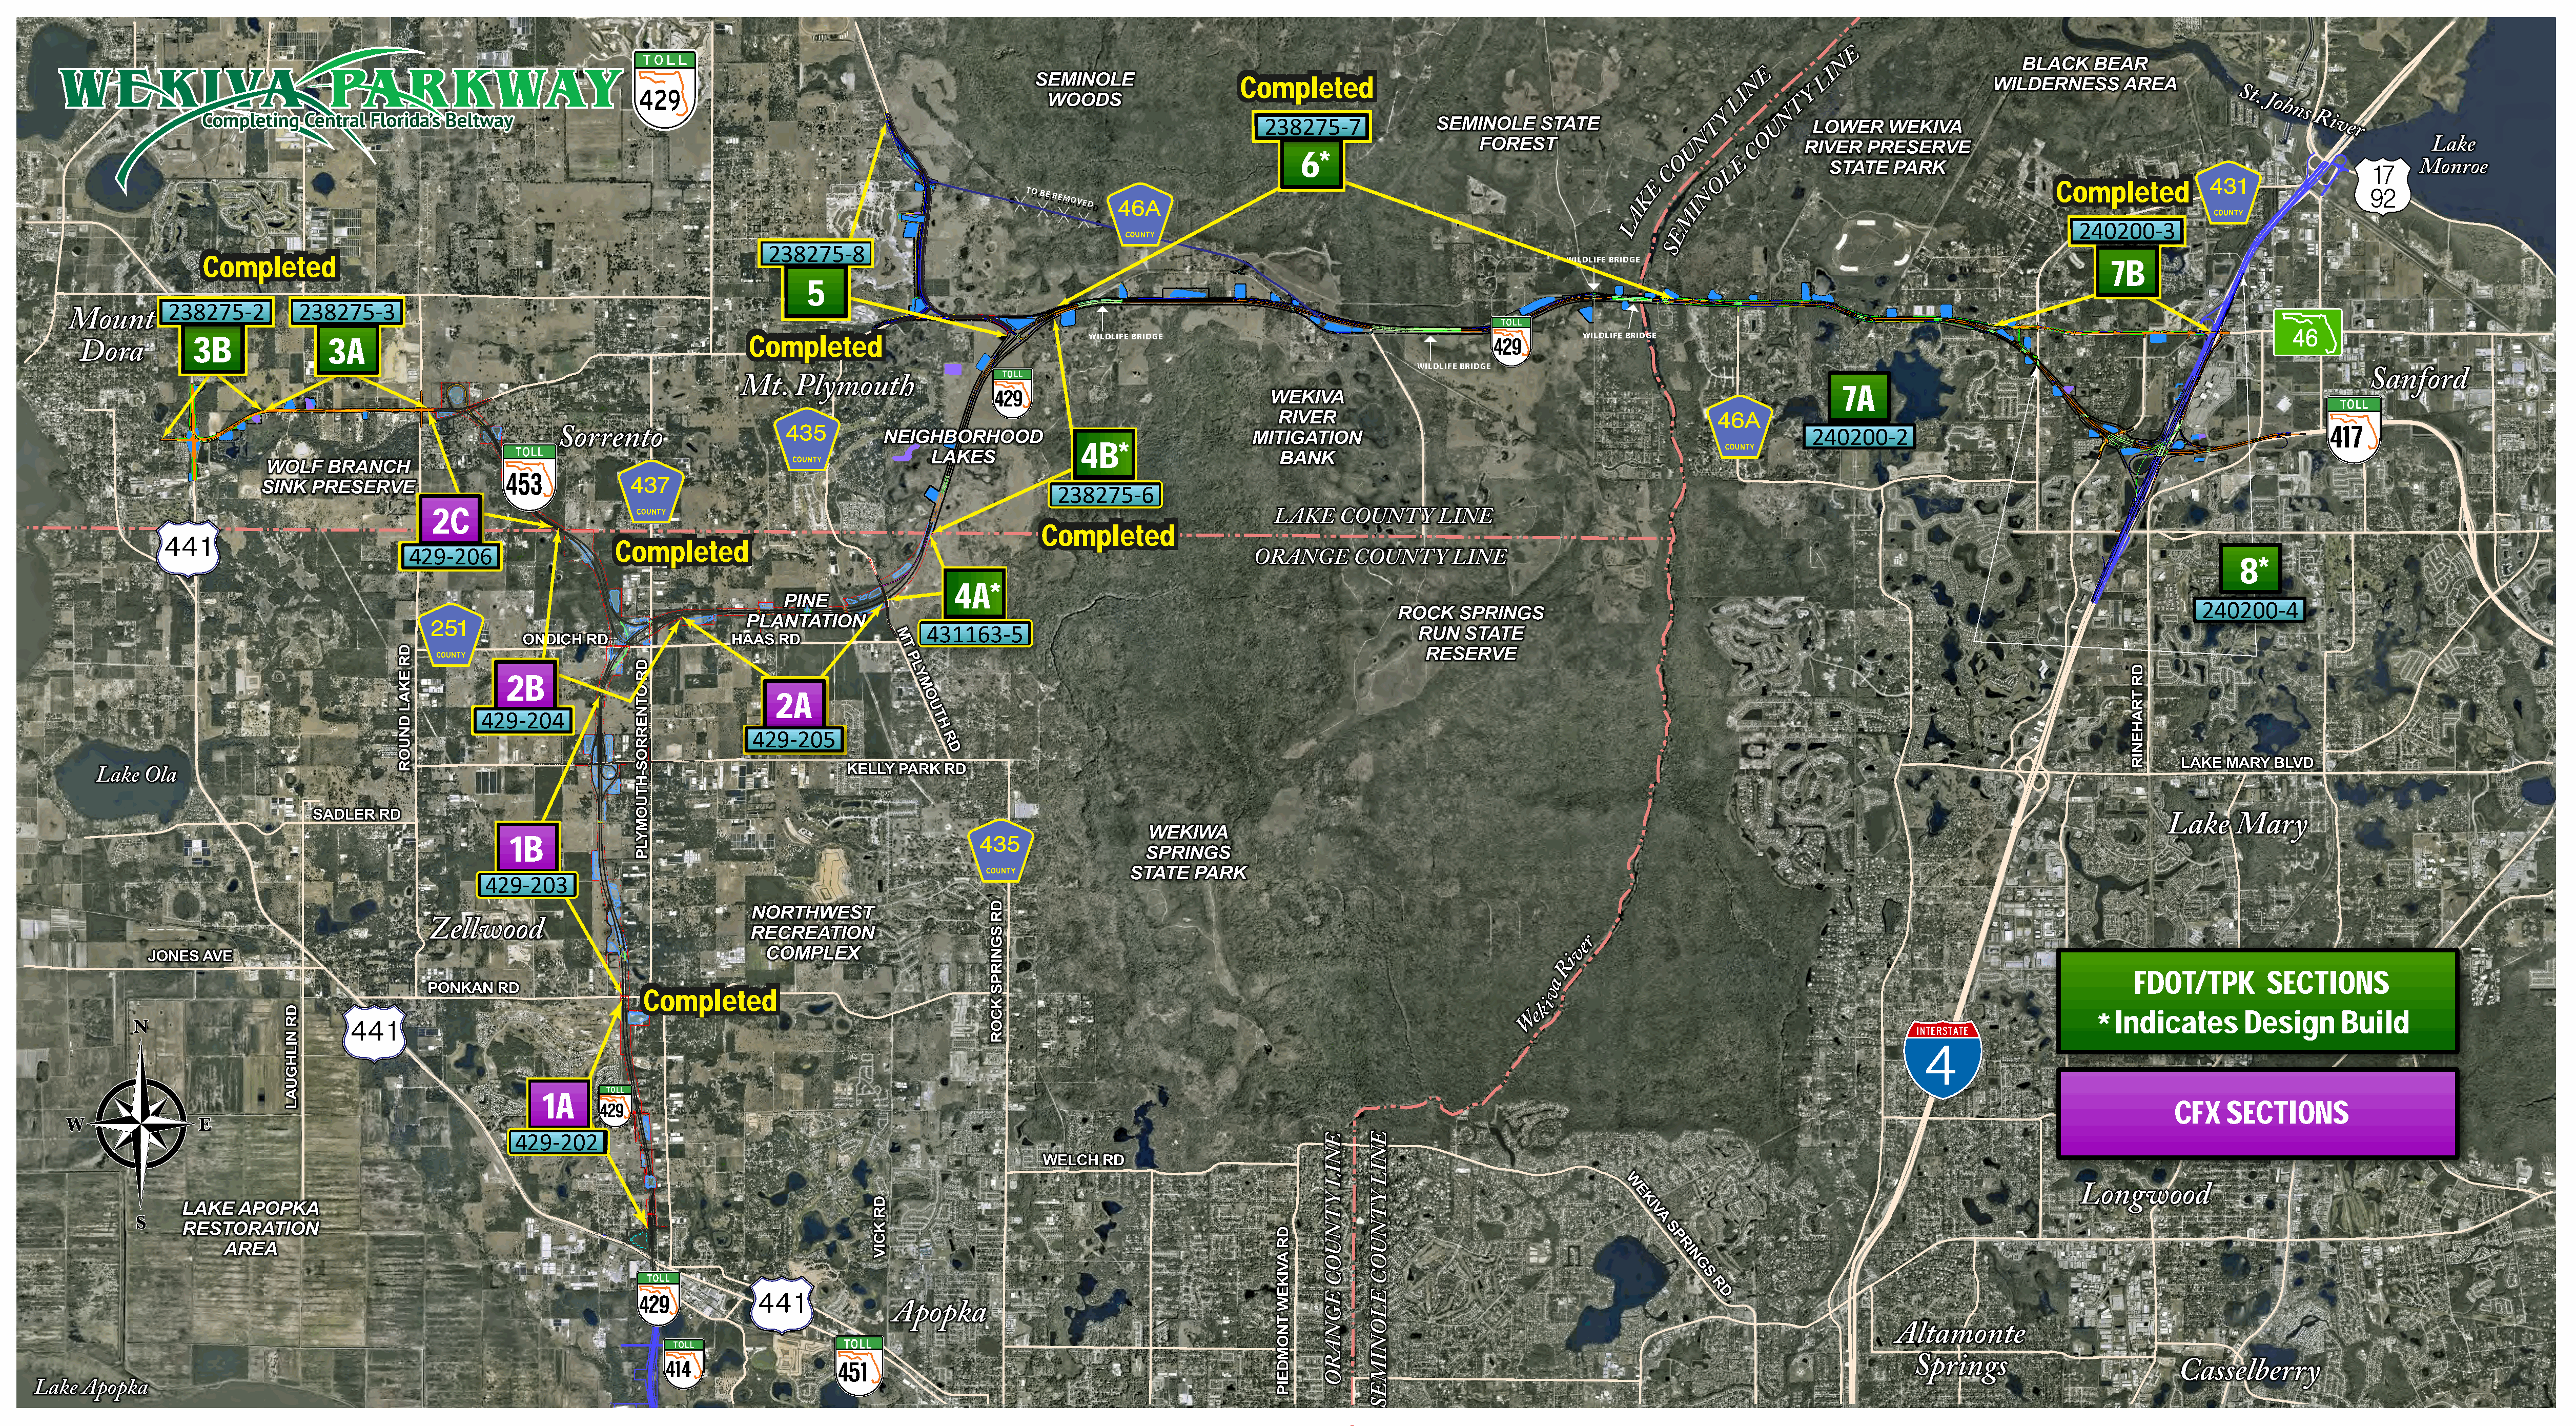
CCoommpplleetteedd
 238275-7
 6*
 CCoommpplleetteedd
 TOTO B BE ER REMEMO
 OV VEDED
 240200-3
 238275-8
 CCoommpplleetteedd                                                                                                                                                              WILDLIFE BRIDGE
 7B
 5
 238275-2         238275-3
 WILDLIFE BRIDGE                                                WILDLIFE BRIDGE
 3B               3A                                                     CCoommpplleetteedd
 WILDLIFE BRIDGE
 7A
 240200-2
 4B*
 453
 238275-6
 2C
 CCoommpplleetteedd
 CCoommpplleetteedd
 429-206
 8*
 4A*
 240200-4
 431163-5
 2B
 2A
 429-204
 429-205
 1B
 429-203
 FDOT/TPK         SECTIONS
 CCoommpplleetteedd
 Indicates        Design      Build
 *
 1A
 CFX    SECTIONS
 429-202